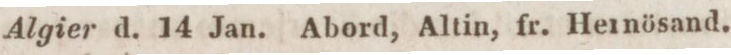
Algier d. 14 Jan. Abord, Altin, fr. Hernösand.